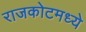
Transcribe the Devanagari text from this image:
राजकोटमध्ये